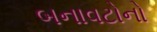
બનાવટોનો